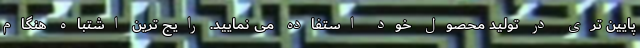
پایین تری در تولید محصول خود استفاده می نمایید. رایج ترین اشتباه هنگام